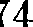
74